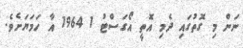
ނަން މި ގޮތުގައި ދެމި އޮތީ އޯގަސްޓު 1 1964 އާ ހަމަޔަށެވެ.